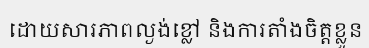
ដោយសារភាពល្ងង់ខ្លៅ និងការតាំងចិត្តខ្លួន